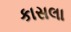
કાસલા